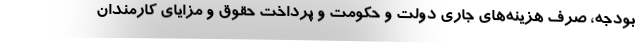
بودجه، صرف هزینه‌های جاری دولت و حکومت و پرداخت حقوق و مزایای کارمندان